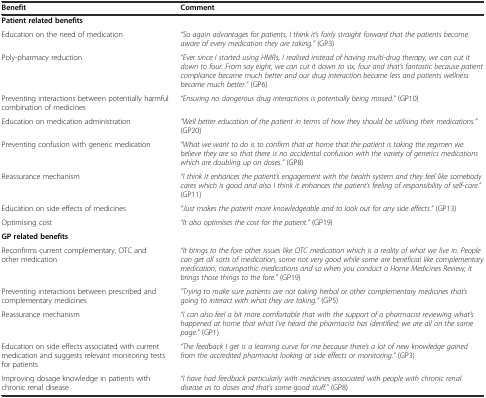
| Benefit | Comment |
 | --- | --- |
 | <COLSPAN=2> Patient related benefits |
 | Education on the need of medication | “So again advantages for patients, I think it’s fairly straight forward that the patients become aware of every medication they are taking.” (GP3) |
 | Poly-pharmacy reduction | “Ever since I started using HMRs, I realised instead of having multi-drug therapy, we can cut it down to four. From say eight, we can cut it down to six, four and that’s fantastic because patient compliance became much better and our drug interaction became less and patients wellness became much better.” (GP6) |
 | Preventing interactions between potentially harmful combination of medicines | “Ensuring no dangerous drug interactions is potentially being missed.” (GP10) |
 | Education on medication administration | “Well better education of the patient in terms of how they should be utilising their medications.” (GP20) |
 | Preventing confusion with generic medication | “What we want to do is to confirm that at home that the patient is taking the regimen we believe they are so that there is no accidental confusion with the variety of generics medications which are doubling up on doses.” (GP8) |
 | Reassurance mechanism | “I think it enhances the patient’s engagement with the health system and they feel like somebody cares which is good and also I think it enhances the patient’s feeling of responsibility of self-care.” (GP11) |
 | Education on side effects of medicines | “Just makes the patient more knowledgeable and to look out for any side effects.” (GP13) |
 | Optimising cost | “It also optimises the cost for the patient.” (GP19) |
 | <COLSPAN=2> GP related benefits |
 | Reconfirms current complementary, OTC and other medication | “It brings to the fore other issues like OTC medication which is a reality of what we live in. People can get all sorts of medication, some not very good while some are beneficial like complementary medication, naturopathic medications and so when you conduct a Home Medicines Review; it brings those things to the fore.” (GP19) |
 | Preventing interactions between prescribed and complementary medicines | ”Trying to make sure patients are not taking herbal or other complementary medicines that’s going to interact with what they are taking.” (GP5) |
 | Reassurance mechanism | “I can also feel a bit more comfortable that with the support of a pharmacist reviewing what’s happened at home that what I’ve heard the pharmacist has identified; we are all on the same page.” (GP1) |
 | Education on side effects associated with current medication and suggests relevant monitoring tests for patients | “The feedback I get is a learning curve for me because there’s a lot of new knowledge gained from the accredited pharmacist looking at side effects or monitoring.” (GP3) |
 | Improving dosage knowledge in patients with chronic renal disease | “I have had feedback particularly with medicines associated with people with chronic renal disease as to doses and that’s some good stuff.” (GP8) |